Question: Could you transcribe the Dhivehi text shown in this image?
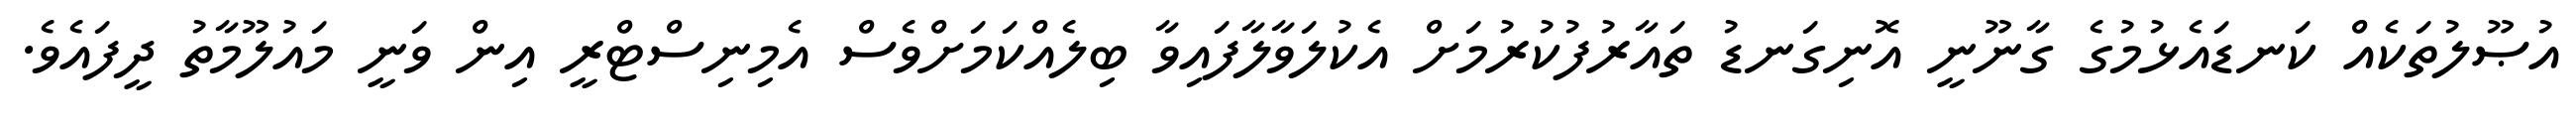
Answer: އުޞޫލުތަކެއް ކަނޑައެޅުމުގެ ގާނޫނީ އޮނިގަނޑު ތައާރުފުކުރުމަށް އެކުލަވާލާފައިވާ ބިލެއްކަމަށްވެސް އެމިނިސްޓްރީ އިން ވަނީ މައުލޫމާތު ދީފައެވެ.